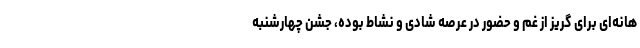
هانه‌ای برای گریز از غم و حضور در عرصه شادی و نشاط بوده، جشن چهارشنبه